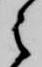
之